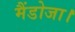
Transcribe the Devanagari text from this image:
मैंडोजा।